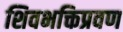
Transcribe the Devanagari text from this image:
शिवभक्तिप्रवण